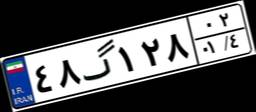
۴۳گ۳۶۴۹۶